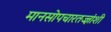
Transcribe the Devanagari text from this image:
मानसोपचारतज्ज्ञांशी